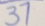
3 7